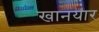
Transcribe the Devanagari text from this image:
खानयार